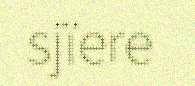
sjïere